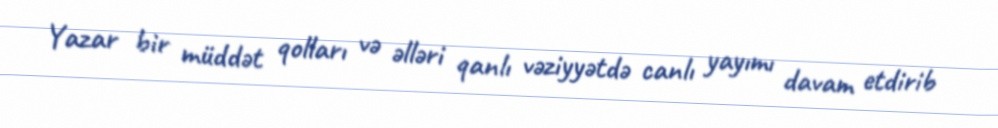
Yazar bir müddət qolları və əlləri qanlı vəziyyətdə canlı yayımı davam etdirib